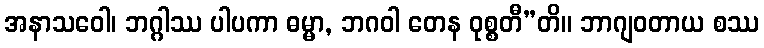
အနာသဝေါ၊ ဘဂ္ဂါဿ ပါပကာ ဓမ္မာ, ဘဂဝါ တေန ဝုစ္စတီ”တိ။ ဘာဂျဝတာယ စဿ